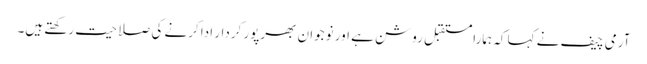
آرمی چیف نے کہا کہ ہمارامستقبل روشن ہے اور نوجوان بھرپور کردار ادا کرنے کی صلاحیت رکھتے ہیں۔